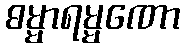
ဓမ္မာရမ္မဏော